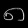
Digit: ၈